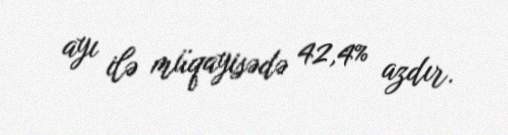
ayı ilə müqayisədə 42,4% azdır.